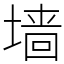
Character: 墙